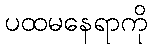
ပထမနေရာကို